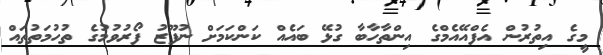
މީގެ އިތުރުން އެފްއޭއެމްގެ އިންތާހާބާ ގުޅޭ ބައެއް ކަންކަމަށް ނުފޫޒު ފޯރުވުމުގެ ތުހުމަތުތައް